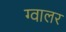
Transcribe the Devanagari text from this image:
ग्वालर